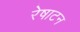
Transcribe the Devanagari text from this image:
रेषाटन